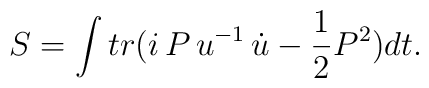
S=\int tr(i\,P\,u^{-1}\,\dot{u}-\frac{1}{2}P^{2})dt.